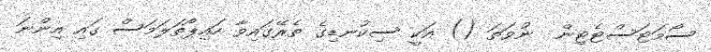
ސޯމަޓަސްޓެޓިން  ނުވަތަ () އަކީ ސިކުނޑިގެ ތެރޭގައިވާ ހައިޕޯތަލަމަސް ގައި އިންނަ